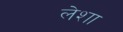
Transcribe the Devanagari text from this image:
लेशा